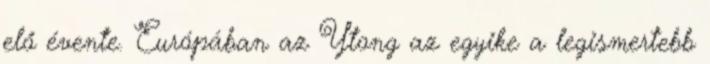
elő évente. Európában az Ytong az egyike a legismertebb